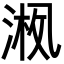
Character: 𪜚